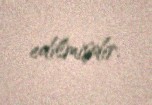
edilmişdir.